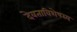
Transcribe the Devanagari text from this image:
देवताविशेषस्य